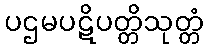
ပဌမပဋိပတ္တိသုတ္တံ